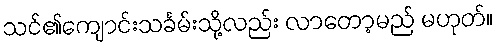
သင်၏ကျောင်းသင်္ခမ်းသို့လည်း လာတော့မည် မဟုတ်။